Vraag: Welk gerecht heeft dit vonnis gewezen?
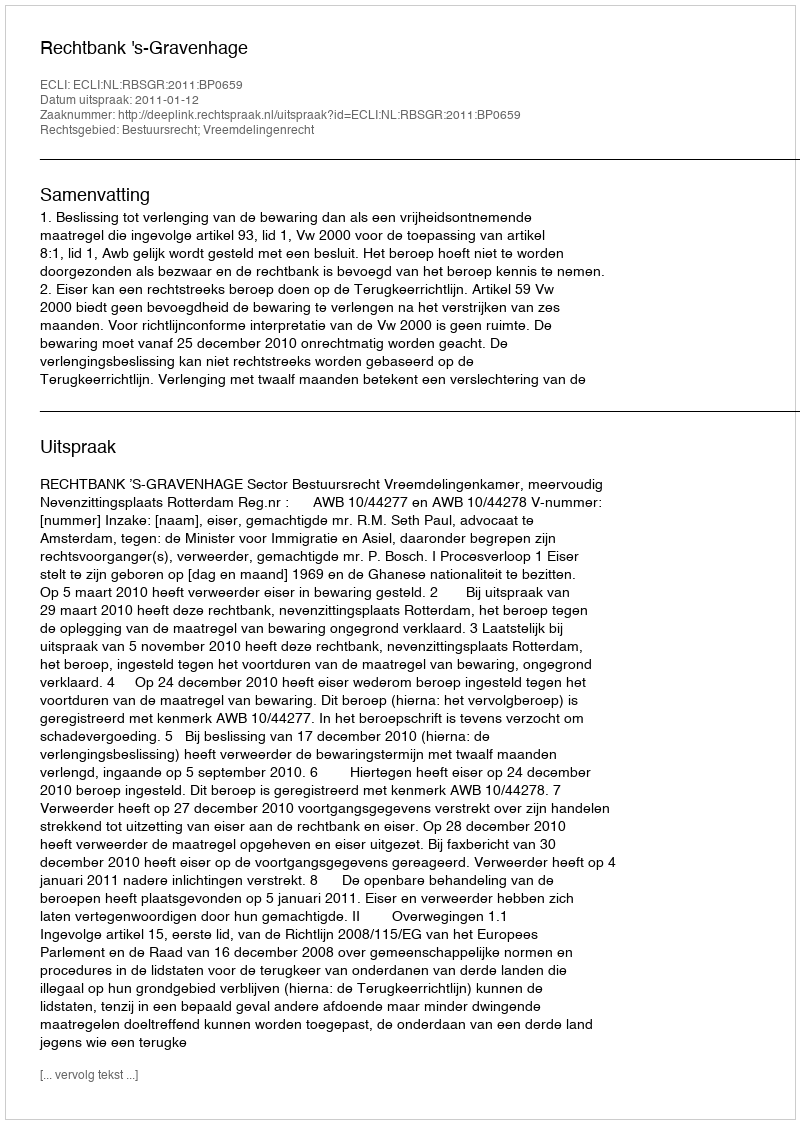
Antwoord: Rechtbank 's-Gravenhage